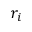
r _ { i }